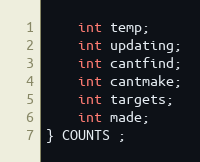
Language: C
    int temp;
    int updating;
    int cantfind;
    int cantmake;
    int targets;
    int made;
} COUNTS ;